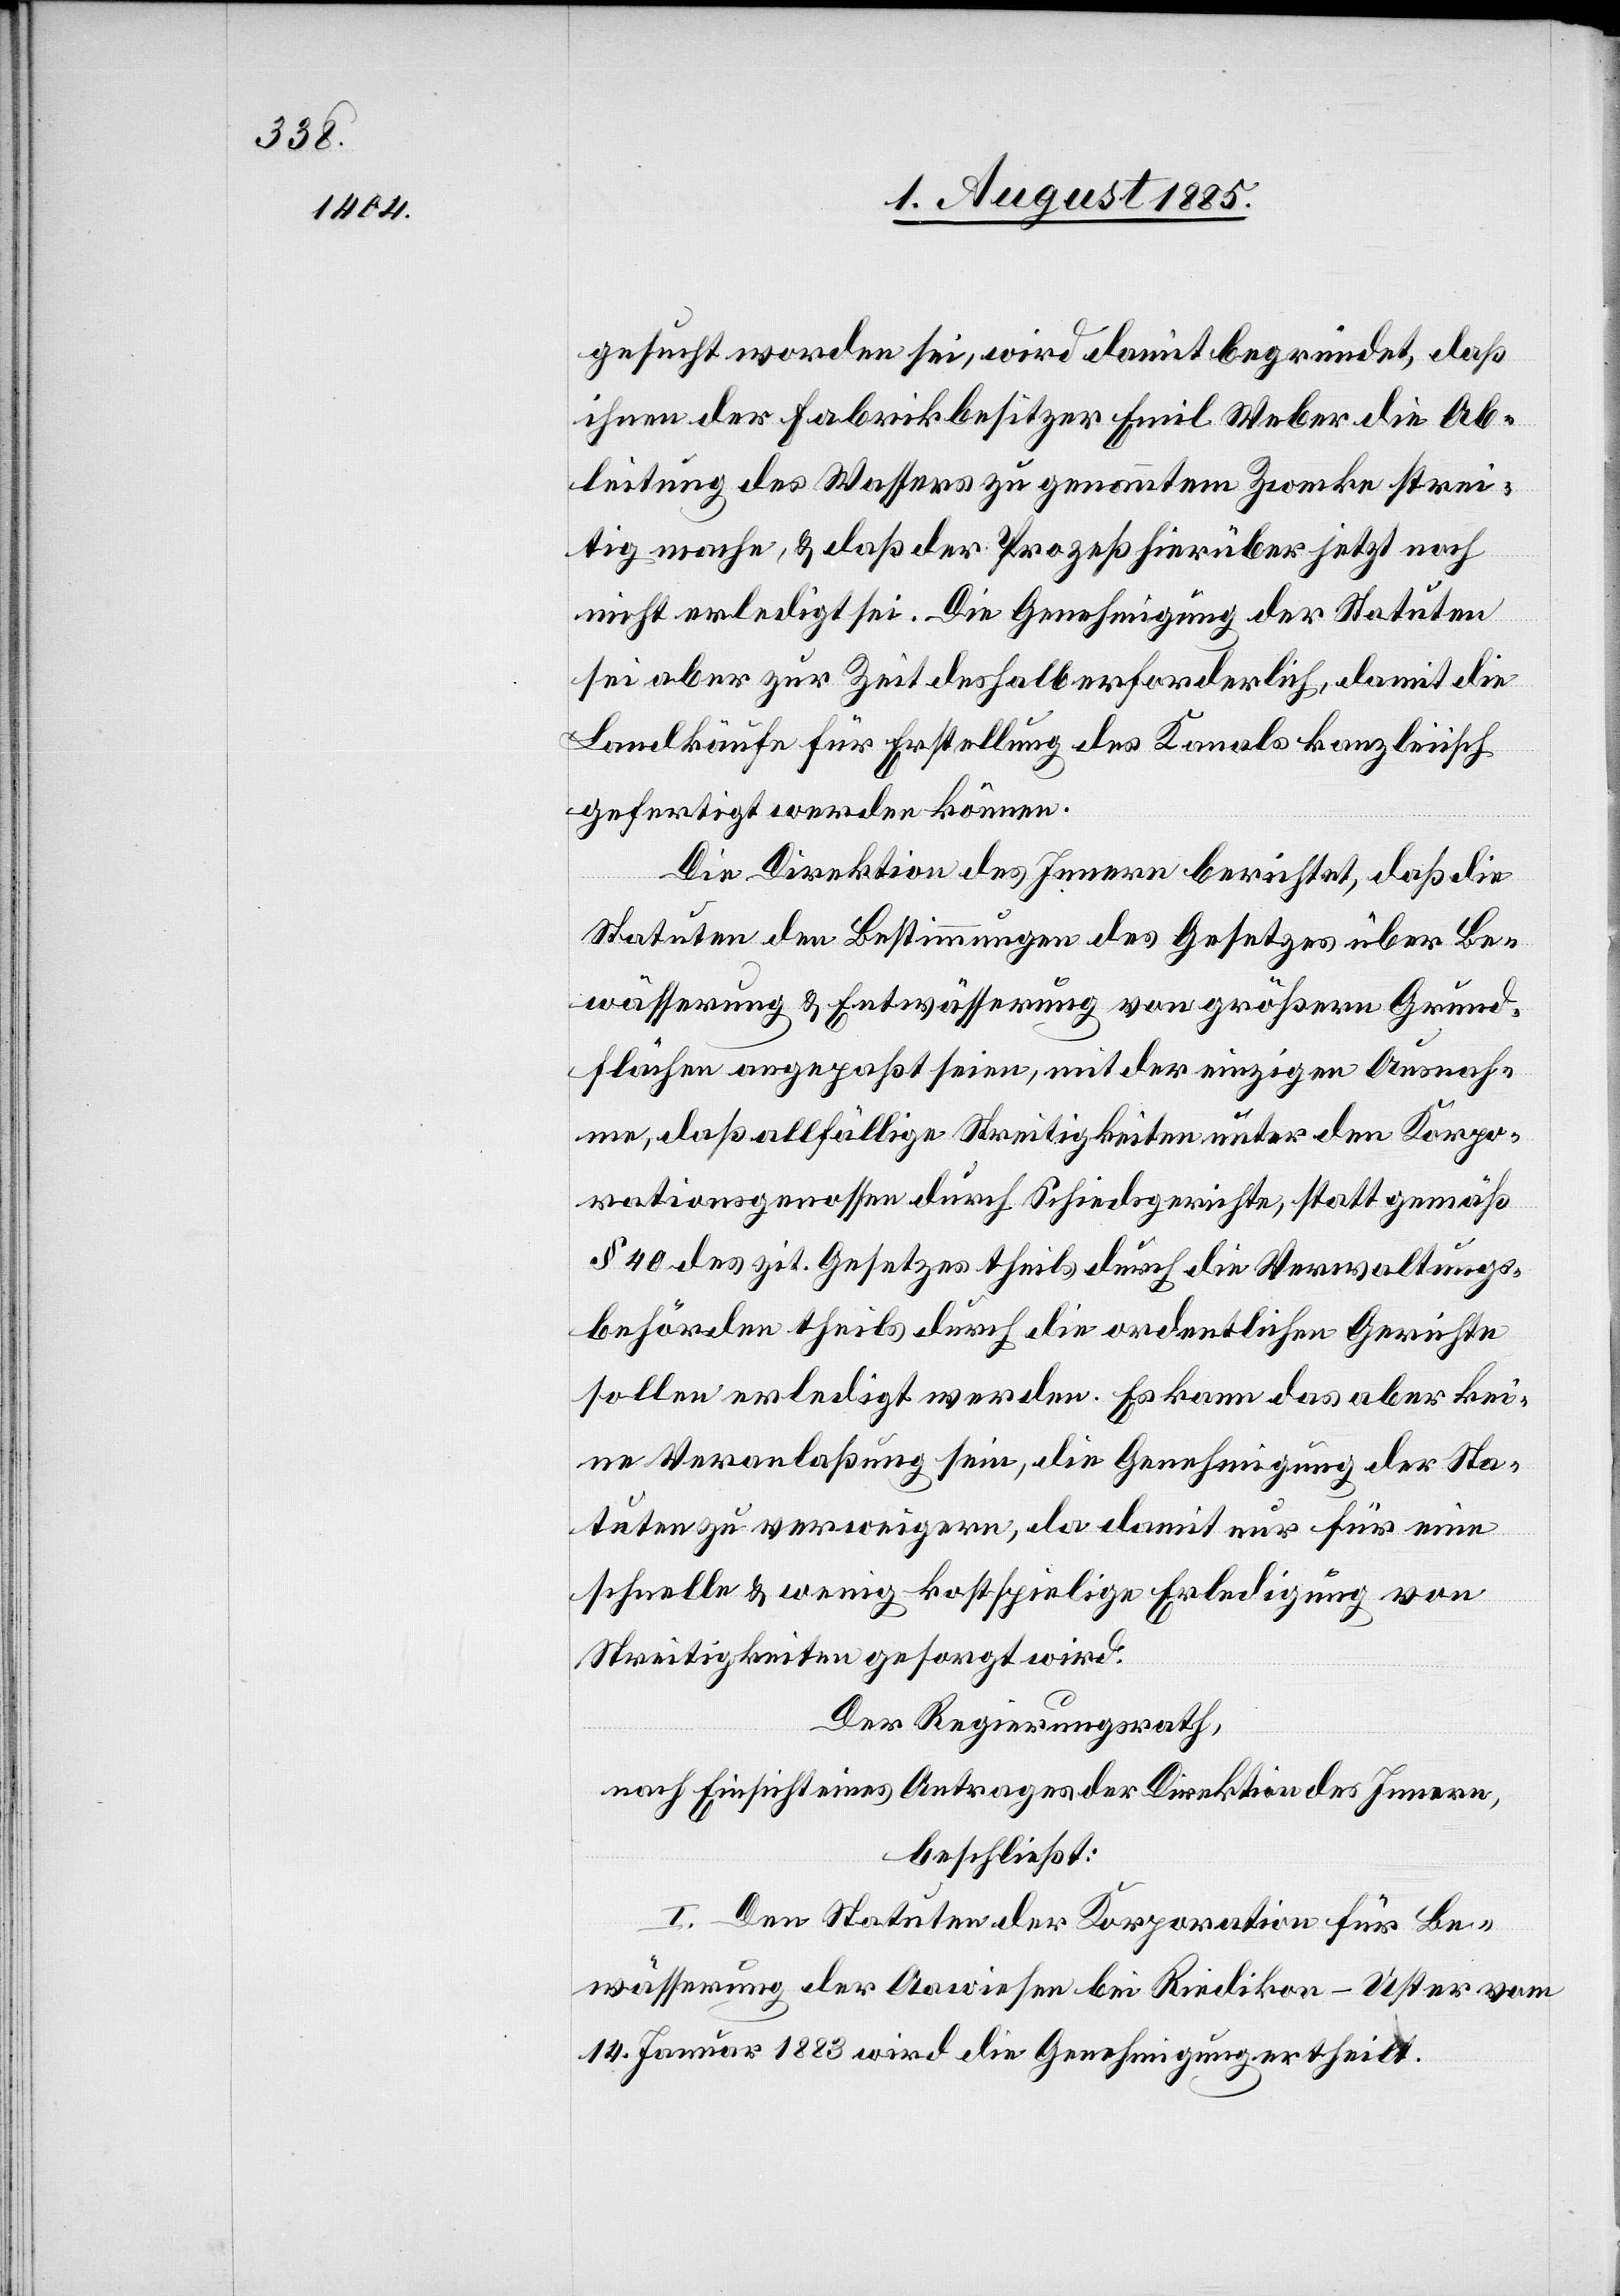
gesucht worden sei, wird damit begründet, daß
ihnen der Fabrikbesitzer Emil Weber die Ab¬
leitung des Wassers zu genanntem Zwecke strei¬
tig mache & daß der Prozeß hierüber jetzt noch
nicht erledigt sei. Die Genehmigung der Statuten
sei aber zur Zeit deshalb erforderlich, damit die
Landkäufe für Erstellung des Kanals kanzleiisch
gefertigt werden können.
Die Direktion des Innern berichtet, daß die
Statuten den Bestimmungen des Gesetzes über Be¬
wässerung & Entwässerung von größern Grund¬
flächen angepaßt seien, mit der einzigen Ausnah¬
me, daß allfällige Streitigkeiten unter den Korpo¬
rationsgenossen durch Schiedsgerichte, statt gemäß
§ 40 des zit. Gesetzes theils durch die Verwaltungs¬
behörden theils durch die ordentlichen Gerichte
sollen erledigt werden. Es kann das aber kei¬
ne Veranlaßung sein, die Genehmigung der Sta¬
tuten zu verweigern, da damit nur für eine
schnelle & wenig kostspielige Erledigung von
Streitigkeiten gesorgt wird.
Der Regierungsrath,
nach Einsicht eines Antrages der Direktion des Innern,
beschließt:
I. Den Statuten der Korporation für Be¬
wässerung der Aawiesen bei Riedikon - Uster vom
14. Januar 1883 wird die Genehmigung ertheilt.